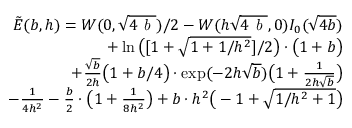
\begin{array} { r l r } & { } & { \tilde { E } ( b , h ) = W ( 0 , \sqrt { 4 \emph { b } } ) / 2 - W ( h \sqrt { 4 \emph { b } } , 0 ) I _ { 0 } ( \sqrt { 4 b } ) } \\ & { } & { + \ln \big ( [ 1 + \sqrt { 1 + 1 / h ^ { 2 } } ] / 2 \big ) \cdot \big ( 1 + b \big ) } \\ & { } & { + { \frac { \sqrt { b } } { 2 h } } \big ( 1 + b / 4 \big ) \cdot \exp ( - 2 h \sqrt { b } ) \big ( 1 + { \frac { 1 } { 2 h \sqrt { b } } } \big ) } \\ & { } & { - { \frac { 1 } { 4 h ^ { 2 } } } - { \frac { b } { 2 } } \cdot \big ( 1 + { \frac { 1 } { 8 h ^ { 2 } } } \big ) + b \cdot h ^ { 2 } \big ( - 1 + \sqrt { 1 / h ^ { 2 } + 1 } \big ) } \end{array}